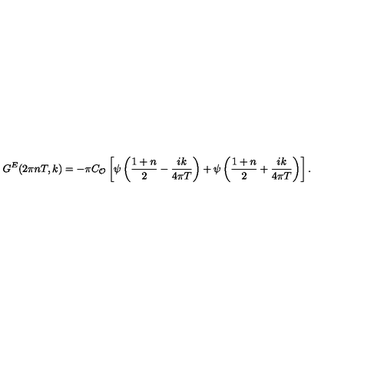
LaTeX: G ^ { E } ( 2 \pi n T , k ) = - \pi C _ { \cal { O } } \left[ \psi \left( { \frac { 1 + n } { 2 } } - { \frac { i k } { 4 \pi T } } \right) + \psi \left( { \frac { 1 + n } { 2 } } + { \frac { i k } { 4 \pi T } } \right) \right] .